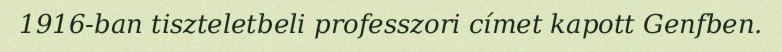
1916-ban tiszteletbeli professzori címet kapott Genfben.